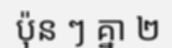
ប៉ុន ៗ គ្នា ២